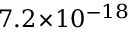
7 . 2 \! \times \! 1 0 ^ { - 1 8 }